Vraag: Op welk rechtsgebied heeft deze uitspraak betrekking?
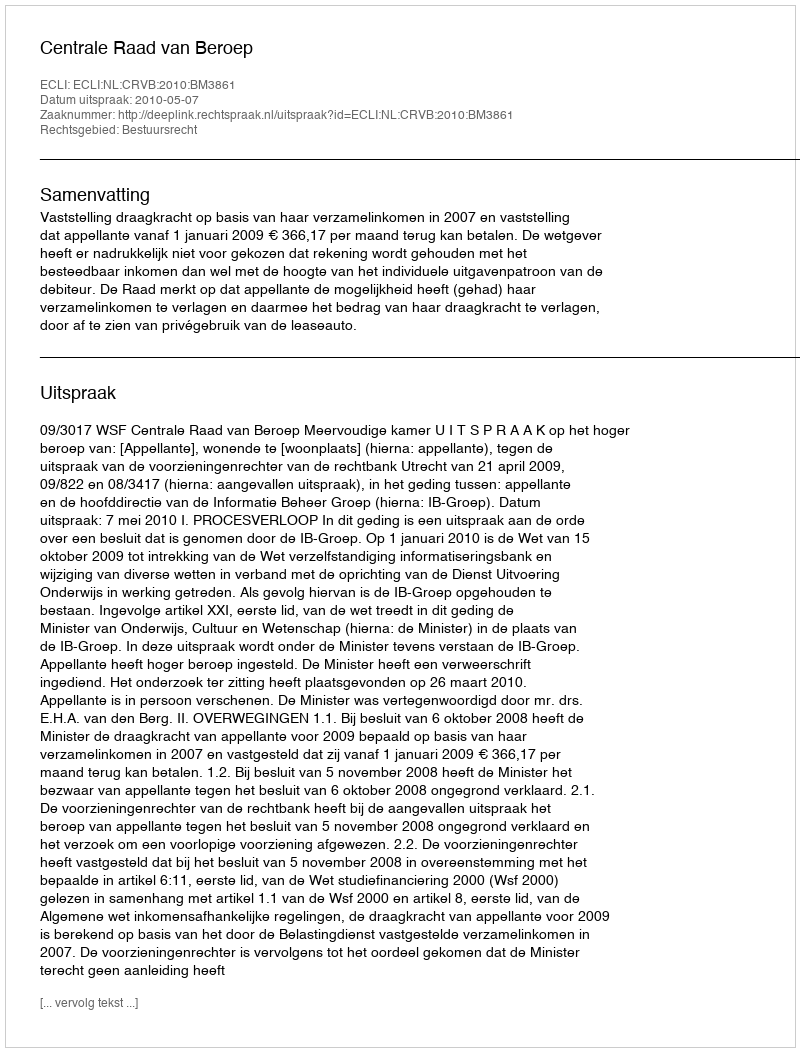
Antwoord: Bestuursrecht